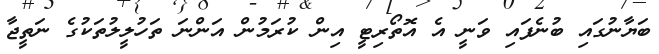
ބަޔާނުގައި ބުނެފައި ވަނީ އެ އޮތޯރިޓީ އިން ކުރަމުން އަންނަ ތަހުލީލުތަކުގެ ނަތީޖާ